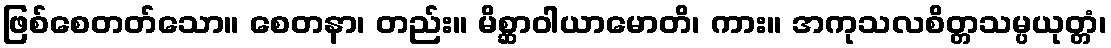
ဖြစ်စေတတ်သော။ စေတနာ၊ တည်း။ မိစ္ဆာဝါယာမောတိ၊ ကား။ အကုသလစိတ္တသမ္ပယုတ္တံ၊